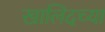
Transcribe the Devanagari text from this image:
खालिदच्या